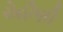
રોહીણી